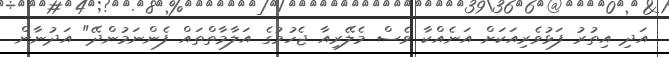
އަދި އިތުރު ފަޅުވެރިއަކަށް އަނެއްކާ ވެސް މެލޭރިއާ ޖެހުމުގެ އަލާމާތްތައް ފެންނަމުންދޭ" އަދުނާން